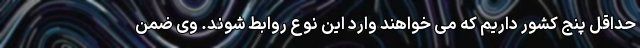
حداقل پنج کشور داریم که می خواهند وارد این نوع روابط شوند. وی ضمن